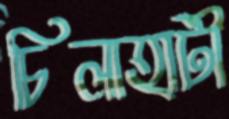
চিলাহাটী